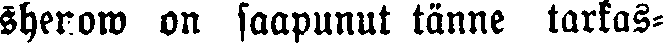
shenow on saapunut tänne tarkas-